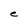
Character: e